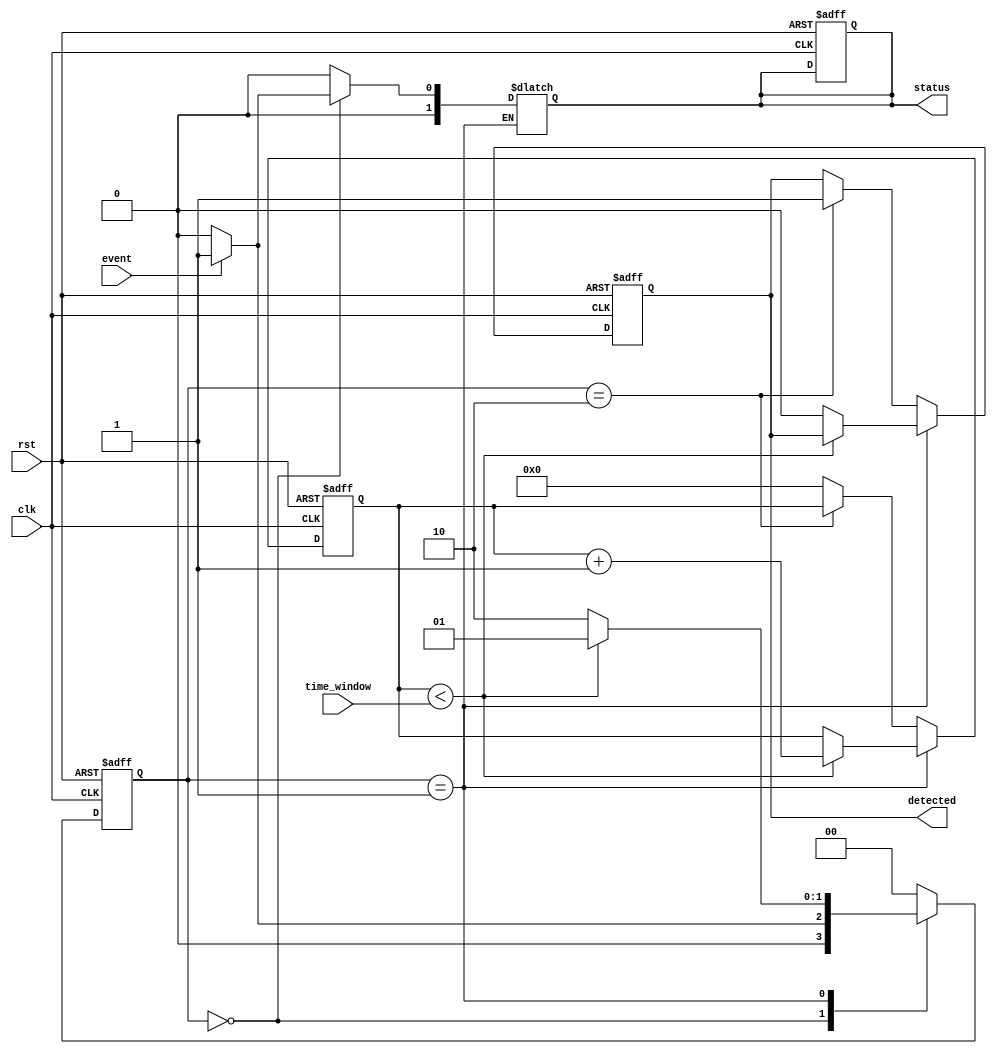
module time_window_detector (
    input wire clk,                  // Clock signal
    input wire rst,                  // Reset signal
    input wire event,                // Event input
    input wire [7:0] time_window,    // Time window parameter in clock cycles
    output reg detected,             // Detection signal
    output reg [1:0] status          // Status indicators (Idle=0, Detecting=1, Confirmed=2)
);

    // State encoding
    parameter IDLE = 2'b00;
    parameter DETECTING = 2'b01;
    parameter CONFIRMED = 2'b10;

    reg [1:0] state, next_state;         // Current and next state
    reg [7:0] counter;                   // Counter for time window

    // State transition logic
    always @(posedge clk or posedge rst) begin
        if (rst) begin
            state <= IDLE;
            counter <= 0;
            detected <= 0;
            status <= 2'b00; // Idle
        end else begin
            state <= next_state;
            if (state == DETECTING) begin
                if (counter < time_window)
                    counter <= counter + 1; // Increment counter if within time window
                else
                    detected <= 0; // Reset detected signal if time window exceeded
            end else if (state == CONFIRMED) begin
                detected <= 1; // Set detected signal
            end else begin
                counter <= 0; // Reset counter in IDLE state
            end
        end
    end

    // Next state logic
    always @(*) begin
        case (state)
            IDLE: begin
                if (event) begin
                    next_state = DETECTING;
                    status = 2'b01; // Set status to Detecting
                end else begin
                    next_state = IDLE;
                    status = 2'b00; // Idle
                end
            end
            DETECTING: begin
                if (counter < time_window) begin
                    next_state = DETECTING; // Continue detecting
                end else begin
                    next_state = CONFIRMED;  // Time window expired
                end
            end
            CONFIRMED: begin
                next_state = IDLE; // Go back to IDLE after confirming
                status = 2'b00; // Set status to Idle
            end
            default: begin
                next_state = IDLE; // Default to IDLE state
                status = 2'b00; // Default status to Idle
            end
        endcase
    end

endmodule